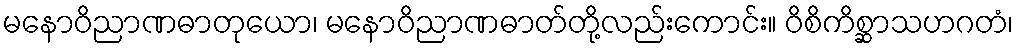
မနောဝိညာဏဓာတုယော၊ မနောဝိညာဏဓာတ်တို့လည်းကောင်း။ ဝိစိကိစ္ဆာသဟဂတံ၊